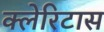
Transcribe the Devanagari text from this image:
क्लेरिटास